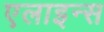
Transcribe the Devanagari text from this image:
एलाइन्स